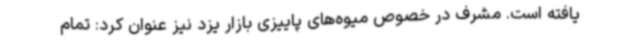
یافته است. مشرف در خصوص میوه‌های پاییزی بازار یزد نیز عنوان کرد: تمام